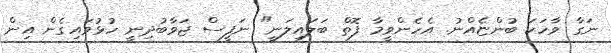
ނަގާ ވާހަކަ ބުންޏެއްނު. އެހެންވީމާ ފޮތް ބަލައިލަނީ" ނަފީސް ޖަވާބުދިނީ ހުޅުވައިގެން އިން